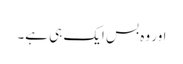
اور وہ بس ایک ہی ہے۔